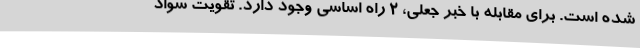
شده است. برای مقابله با خبر جعلی، 2 راه اساسی وجود دارد. تقویت سواد